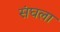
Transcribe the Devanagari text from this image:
संघला